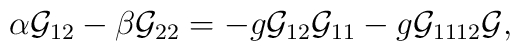
\alpha {\cal G}_{12}-\beta {\cal G}_{22}=-g{\cal G}_{12}{\cal G}_{11}-g{\cal G}_{1112}{\cal G},